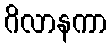
ဂိလာနကာ